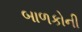
બાળકોની